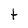
Character: t